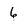
Character: 6